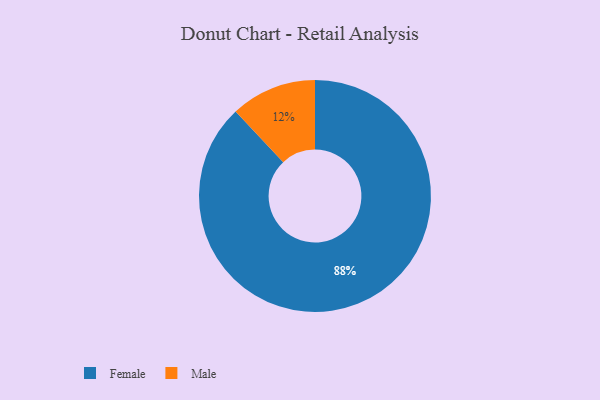
{"axis": {"x": "Category", "y": "Percentage"}, "legend": ["Female", "Male"], "data": [{"x": "Female", "y": 88, "type": "Female"}, {"x": "Male", "y": 12, "type": "Male"}]}